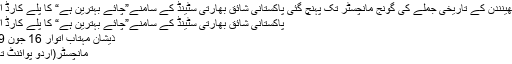
ونگ کمانڈر ابھینندن کے تاریخی جملے کی گونج مانچسٹر تک پہنچ گئی پاکستانی شائق بھارتی سٹینڈ کے سامنے”چائے بہترین ہے“ کا پلے کارڈ اٹھائے پہنچ گیا
پاکستانی شائق بھارتی سٹینڈ کے سامنے”چائے بہترین ہے“ کا پلے کارڈ اٹھائے پہنچ گیا
ذیشان مہتاب اتوار 16 جون 2019 19:50
مانچسٹر(اردو پوائنٹ تازہ ترین اخبار۔